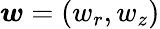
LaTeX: \boldsymbol{w}=(w_{r},w_{z})